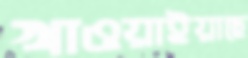
খাওয়াইয়াছে